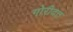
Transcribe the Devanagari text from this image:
गोरीदत्त